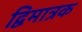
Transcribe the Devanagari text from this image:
द्विमात्रक